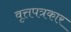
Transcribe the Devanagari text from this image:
वृत्तपत्रकार